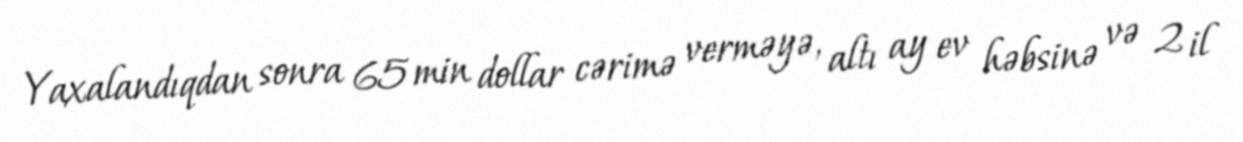
Yaxalandıqdan sonra 65 min dollar cərimə verməyə, altı ay ev həbsinə və 2 il